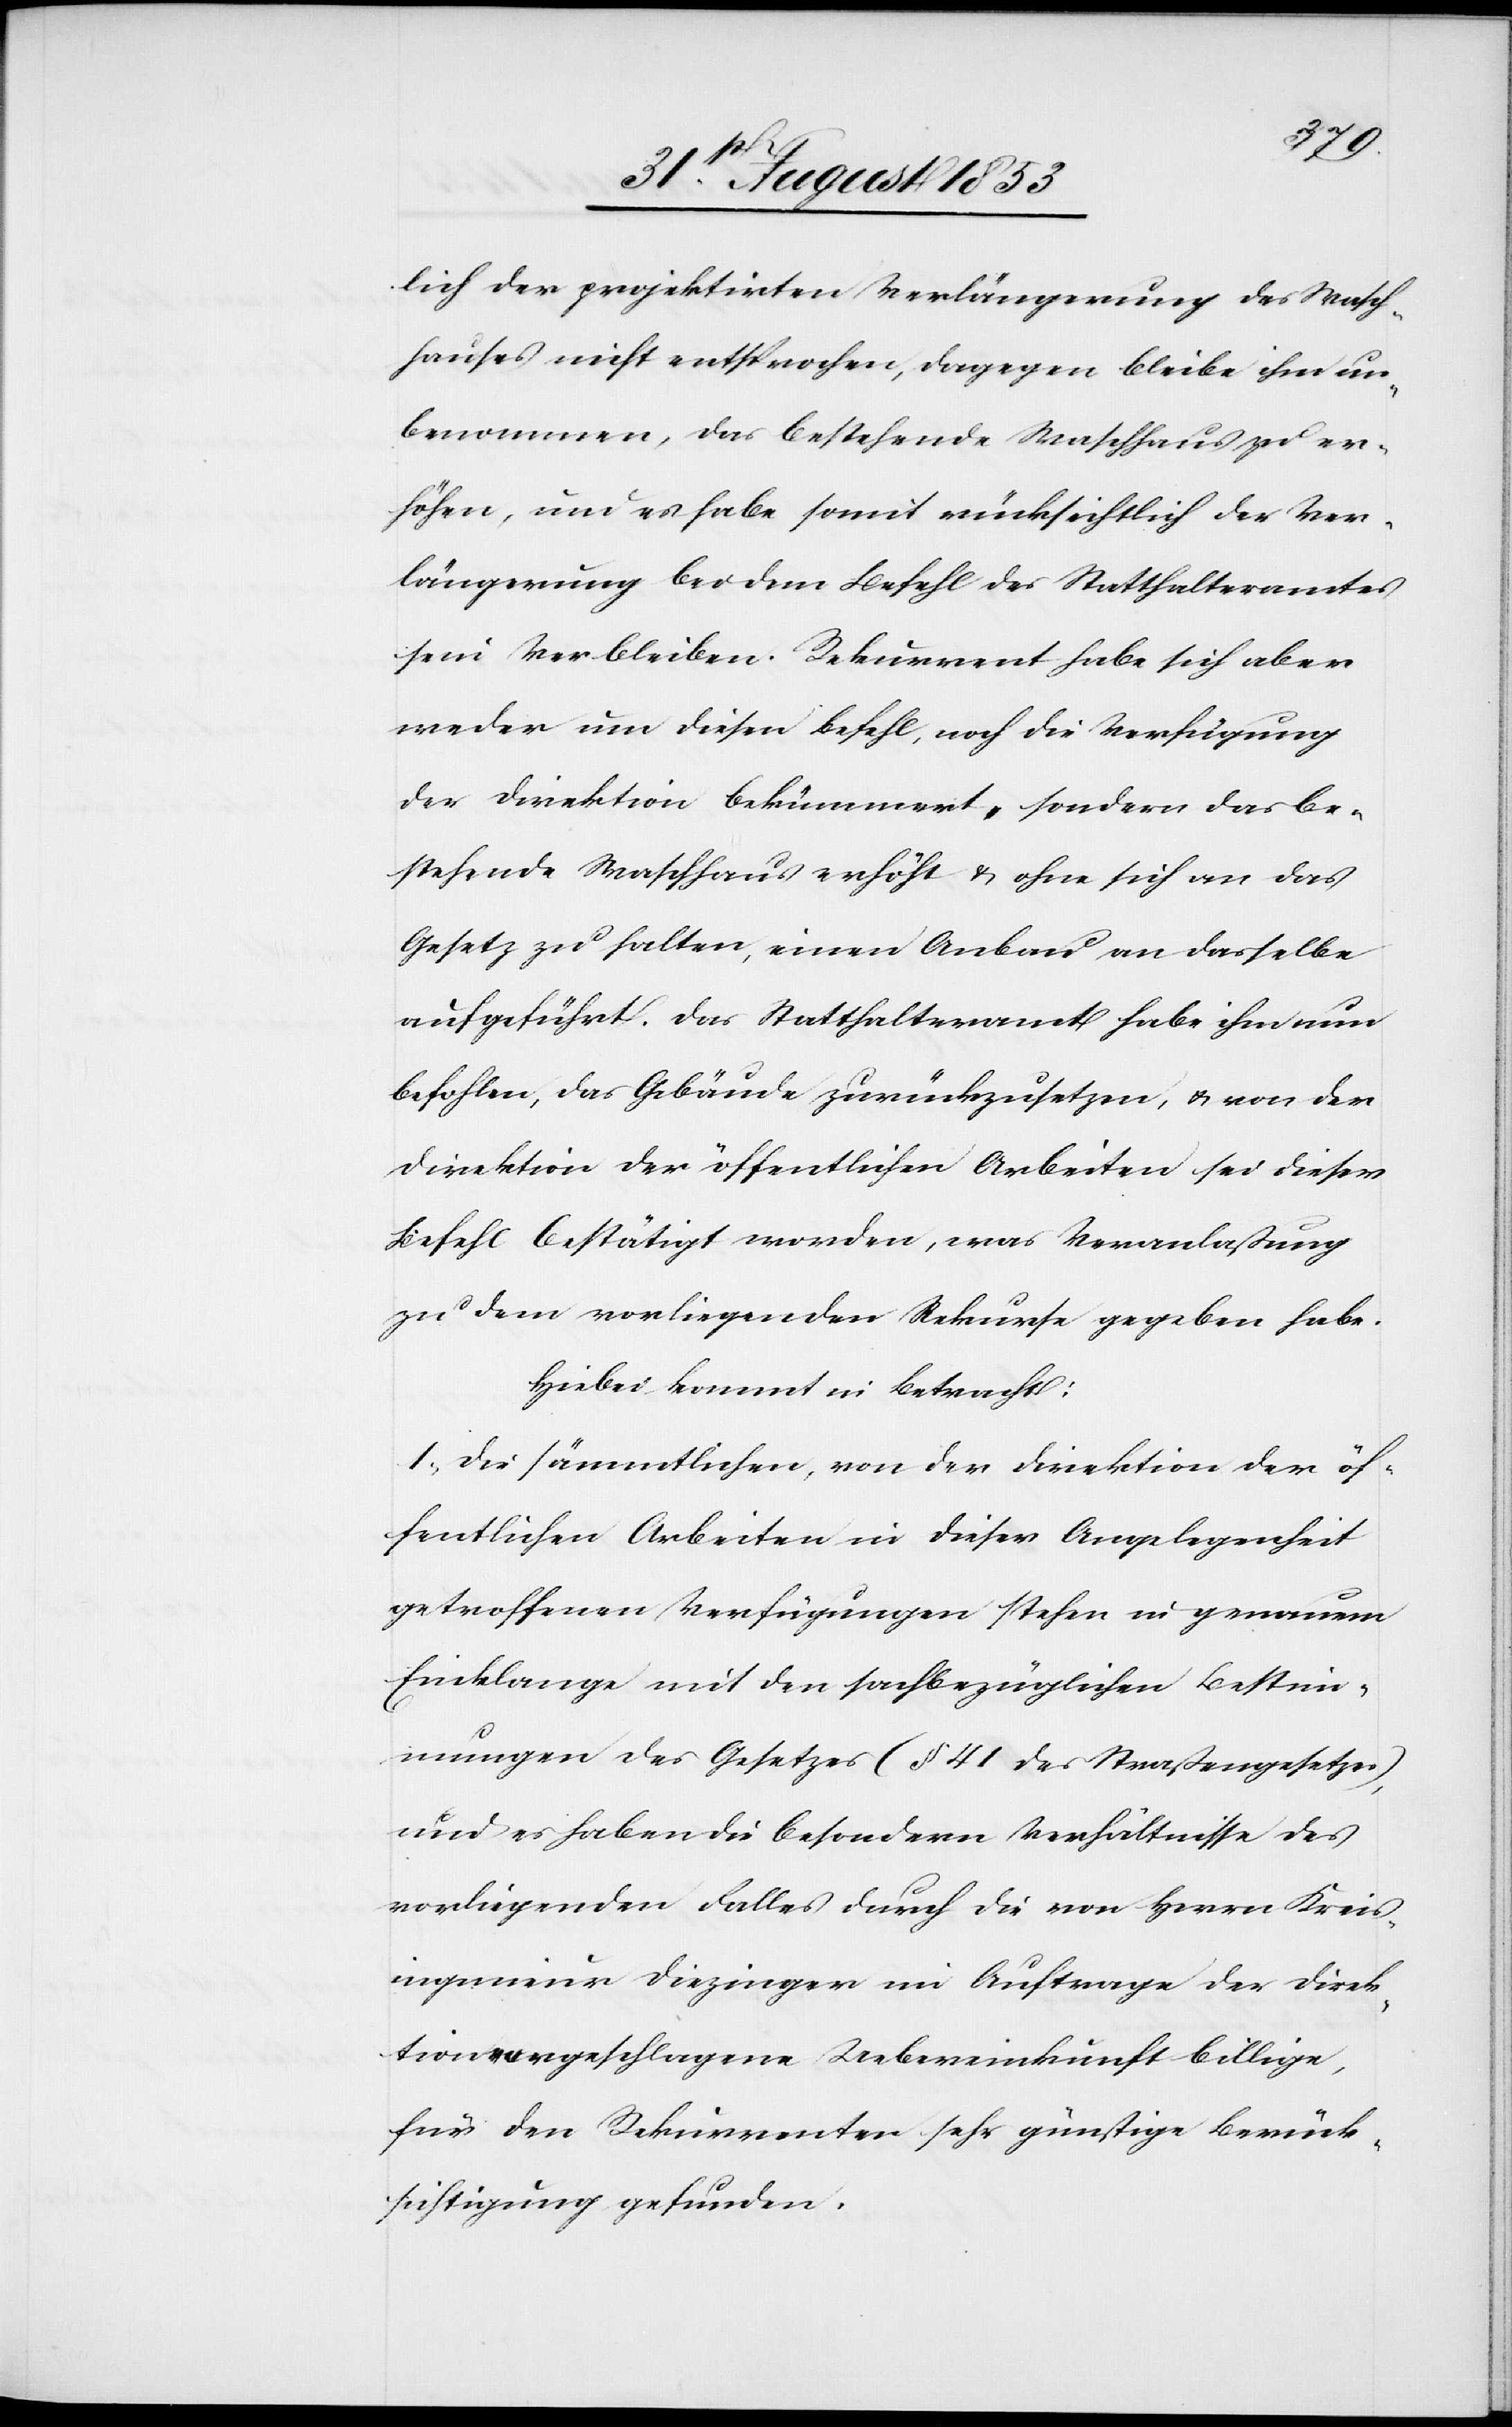
lich der projektirten Verlängerung des Wasch¬
hauses nicht entsprochen, dagegen bleibe ihm un¬
benommen, das bestehende Waschhaus zu er¬
höhen, und es habe somit rücksichtlich der Ver¬
längerung bei dem Befehl des Statthalteramtes
sein Verbleiben. Rekurrent habe sich aber
weder um diesen Befehl, noch die Verfügung
der Direktion bekümmert, sondern das be¬
stehende Waschhaus erhöht u. ohne sich an das
Gesetz zu halten, einen Anbau an dasselbe
aufgeführt. Das Statthalteramt habe ihm nun
befohlen, das Gebäude zurückzusetzen, u. von der
Direktion der öffentlichen Arbeiten sei dieser
Befehl bestätigt worden, was Veranlaßung
zu dem vorliegenden Rekurse gegeben habe.
Hiebei kommt in Betracht:
1, Die sämmtlichen, von der Direktion der öf¬
fentlichen Arbeiten in dieser Angelegenheit
getroffenen Verfügungen stehen in genauem
Einklange mit den sachbezüglichen Bestim¬
mungen des Gesetzes (§ 41 des Straßengesetzes)
und es haben die besondern Verhältnisse des
vorliegenden Falles durch die von Herrn Kreis¬
ingenieur Diezinger im Auftrage der Direk¬
tion vorgeschlagene Uebereinkunft billige,
für den Rekurrenten sehr günstige Berück¬
sichtigung gefunden.